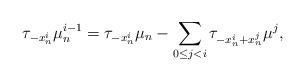
LaTeX: \begin{align*}\tau_{-x^i_n}\mu^{i-1}_n =\tau_{-x^i_n}\mu_n-\sum_{0\le j<i}\tau_{-x^i_n+x^j_n}\mu^j,\end{align*}